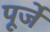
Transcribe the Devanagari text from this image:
पूर्जे